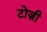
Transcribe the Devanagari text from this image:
टोज़ी